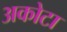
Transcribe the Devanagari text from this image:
अकोटा